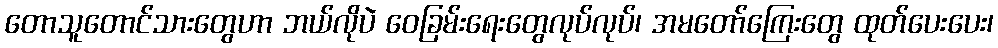
တောသူတောင်သားတွေဟာ ဘယ်လိုပဲ ဝေခြမ်းရေးတွေလုပ်လုပ်၊ အမတော်ကြေးတွေ ထုတ်ပေးပေး၊